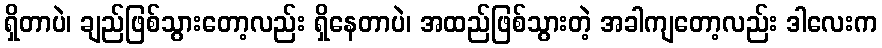
ရှိတာပဲ၊ ချည်ဖြစ်သွားတော့လည်း ရှိနေတာပဲ၊ အထည်ဖြစ်သွားတဲ့ အခါကျတော့လည်း ဒါလေးက